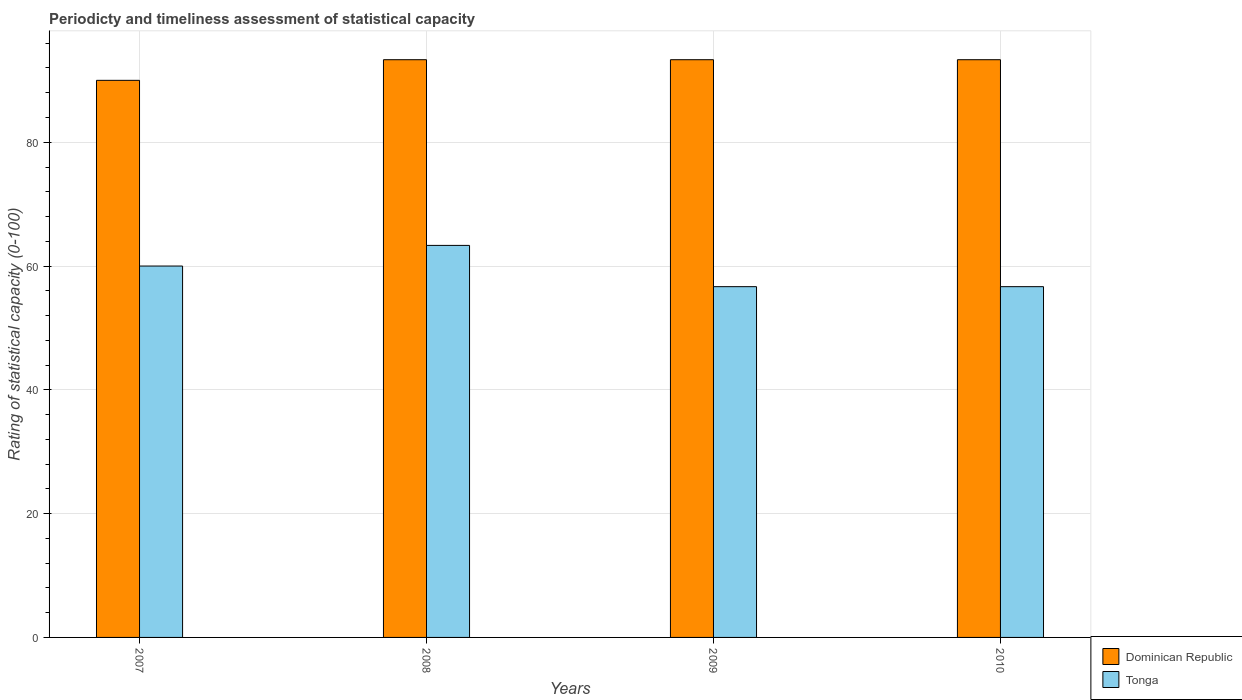
| Years | Dominican Republic | Tonga |
 | --- | --- | --- |
 | 2007 | 90 | 60 |
 | 2008 | 93.3 | 63.3 |
 | 2009 | 93.3 | 56.7 |
 | 2010 | 93.3 | 56.7 |